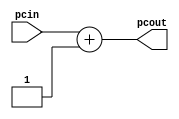
// Class: CSCI 401 Computer Architecture
// Term: SPR11
// Name(s): 
//
// Lab #1: Instruction Fetch Stage

//                              -*- Mode: Verilog -*-
// Description     : The incrementer module 
//                   of the IF stage of the pipeline
// Modified By     : Jason Fredrick and David Sturgeon
// Comments        : CHANGE: The incrementer is by 1 instead of by 4.
//                   This way, memory is word addressable.  If we need
//                   to change it later we will do that. You may make
//                   this change as well.

module incrementer (
   input  wire [31:0] pcin,      // Input of incrementer
   output wire [31:0] pcout      // Output of incrementer
   );
	
   assign pcout = pcin + 1;  // Increment PC by 1
endmodule // incrementer